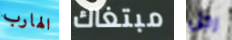
الهارب مبتغاك رجل